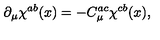
\partial _ { \mu } \chi ^ { a b } ( x ) = - C _ { \mu } ^ { a c } \chi ^ { c b } ( x ) ,